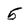
Character: 5